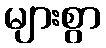
များစွာ